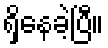
ရှိနေခဲ့ပြီ။